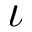
\iota